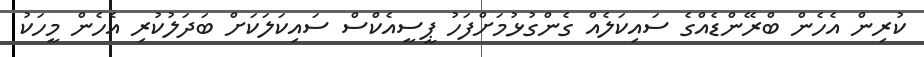
ކުރިން އެހެން ބްރޭންޑެއްގެ ސައިކަލެއް ގެންގުޅުމަށްފަހު ޕީސީއެކްސް ސައިކަލަކަށް ބަދަލުކުރި އެހެން މީހަކު